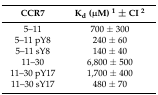
<table><thead><tr><td><b>CCR7</b></td><td><b>K<sub>d</sub> (μM) <sup>1</sup> ± CI <sup>2</sup></b></td></tr></thead><tbody><tr><td>5–11</td><td>700 ± 300</td></tr><tr><td>5–11 pY8</td><td>240 ± 60</td></tr><tr><td>5–11 sY8</td><td>140 ± 40</td></tr><tr><td>11–30</td><td>6,800 ± 500</td></tr><tr><td>11–30 pY17</td><td>1,700 ± 400</td></tr><tr><td>11–30 sY17</td><td>480 ± 70</td></tr></tbody></table>